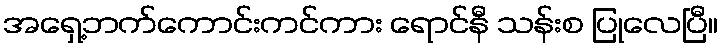
အရှေ့ဘက်ကောင်းကင်ကား ရောင်နီ သန်းစ ပြုလေပြီ။